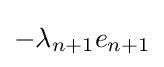
-\lambda _{n+1}e_{n+1}